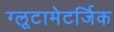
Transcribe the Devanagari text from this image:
ग्लूटामेटर्जिक